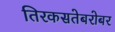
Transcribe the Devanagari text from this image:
तिरकसतेबरोबर